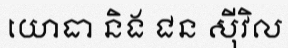
យោធា និង ជន ស៊ីវិល